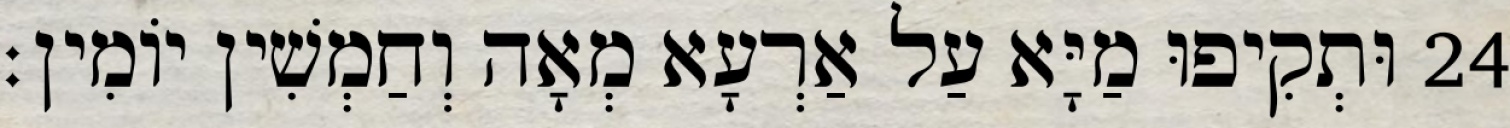
24 וּתְקִיפוּ מַיָּא עַל אַרְעָא מְאָה וְחַמְשִׁין יוֹמִין׃